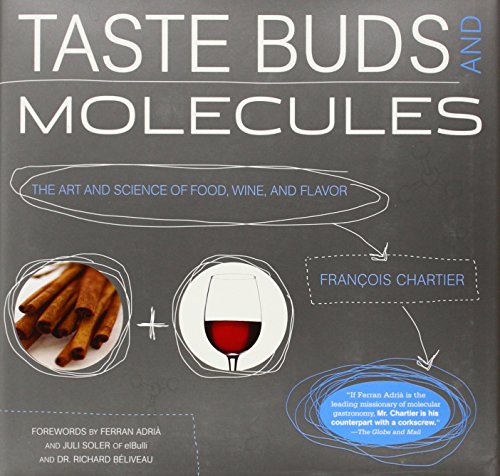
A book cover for Taste Buds and Molecules: The Art and Science of Food, Wine, and Flavor; Francois Chartier; Science & Math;